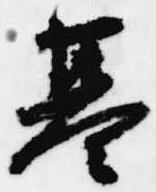
基